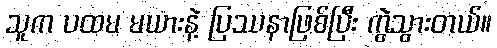
သူက ပထမ မယားနဲ့ ပြဿနာဖြစ်ပြီး ကွဲသွားတယ်။